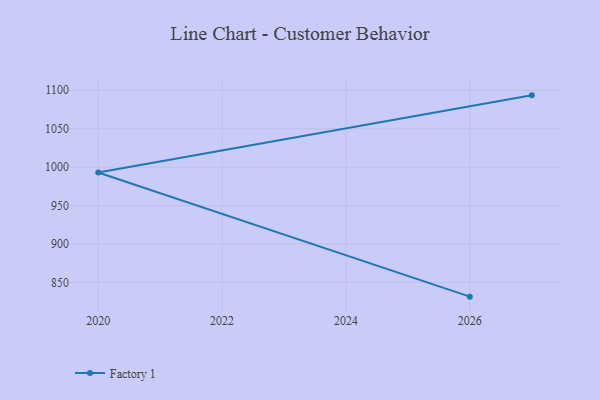
{"axis": {"x": "Year", "y": "Website Visitors"}, "legend": ["Factory 1"], "data": [{"x": "2027", "y": 1093.4, "type": "Factory 1"}, {"x": "2020", "y": 992.9, "type": "Factory 1"}, {"x": "2026", "y": 831.4, "type": "Factory 1"}]}